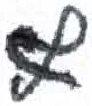
אות: ף